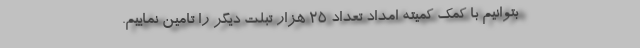
بتوانیم با کمک کمیته امداد تعداد ۲۵ هزار تبلت دیگر را تامین نماییم.